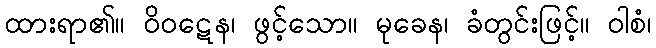
ထားရာ၏။ ဝိဝဋေန၊ ဖွင့်သော။ မုခေန၊ ခံတွင်းဖြင့်။ ဝါစံ၊